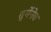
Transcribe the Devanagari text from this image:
तुर्गेनेव